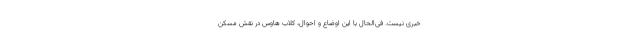
خبری نیست. فی‌الحال با این اوضاع و احوال، کلاب هاوس در نقش مُسکّن